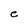
Character: e